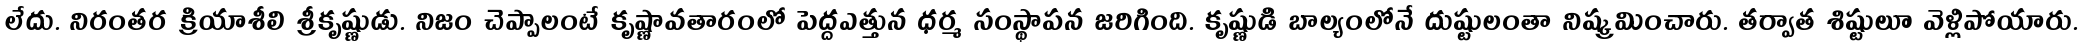
లేదు. నిరంతర క్రియాశీలి శ్రీకృష్ణుడు. నిజం చెప్పాలంటే కృష్ణావతారంలో పెద్దఎత్తున ధర్మ సంస్థాపన జరిగింది. కృష్ణుడి బాల్యంలోనే దుష్టులంతా నిష్క్రమించారు. తర్వాత శిష్టులూ వెళ్లిపోయారు.